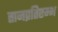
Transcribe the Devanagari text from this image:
तानप्रतिष्टम्भ